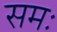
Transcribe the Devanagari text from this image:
समः